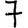
Digit: 7